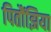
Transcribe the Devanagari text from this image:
पितौंझिया